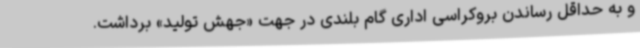
و به حداقل رساندن بروکراسی اداری گام بلندی در جهت «جهش تولید» برداشت.